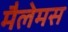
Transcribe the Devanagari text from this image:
मैलेमस